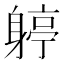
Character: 𨉬